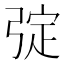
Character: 𢏹